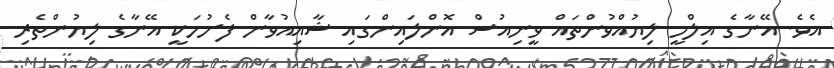
އެވެ. އޭނާގެ އިލްމީ ލިޔުއްވުންތައް ވީނިއުސް އޮންލައިންގައި ޝާއިއުވާން ފެށުމަކީ އޭނާގެ ލިޔުންތެރި